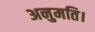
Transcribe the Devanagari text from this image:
अनुमति।